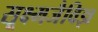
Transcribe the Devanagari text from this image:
सूक्ष्मजैविज्ञ